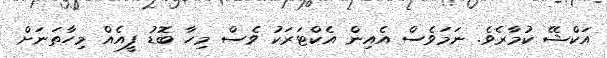
އަކްޝޭ ކުމާރެވެ. ނަމަވެސް އެއިން އެކްޓަރަކު ވެސް މިހާ ބޮޑު ފީއެއް މިހާތަނަށް